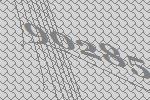
90285